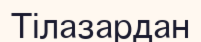
Тілазардан